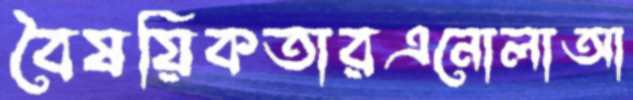
বৈষয়িকতারএনোলাআ